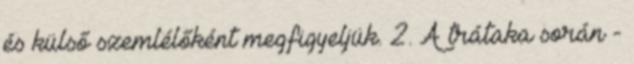
és külső szemlélőként megfigyeljük. 2. A trátaka során -